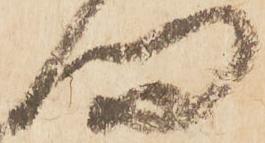
向